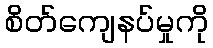
စိတ်ကျေနပ်မှုကို